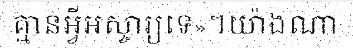
គ្មានអ្វីអស្ចារ្យទេ»។យ៉ាងណា